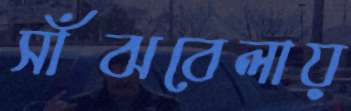
সাঁঝবেলায়